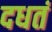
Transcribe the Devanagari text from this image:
दधतं